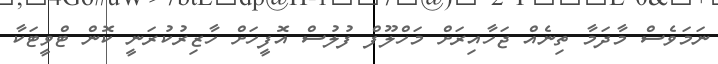
ނަމަވެސް މާދަމާ ތިނެއް ޖަހާއިރަށް މަހްލޫފް ފުލުސް އޮފީހަށް ހާޒިރުކުރަނީ ކޮން ޓްވީޓަކާ